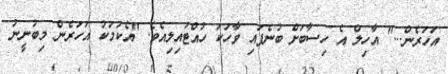
އަހަރެން..." އާހިލް އެ ހިސާބަށް ބުނެފައި ވާހަކަ ހުއްޓައިލިއެވެ. "އެކަމަކު އަހަރެން މިބުނީނު